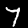
Label: 7